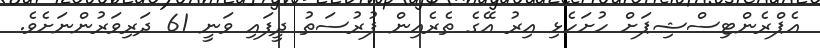
އެޕްރެންޓިސްޝިޕަށް ހުށަހެޅި އިރު އޭގެ ތެރެއިން ފުރުސަތު ދީފައި ވަނީ 61 ދަރިވަރުންނަށެވެ.